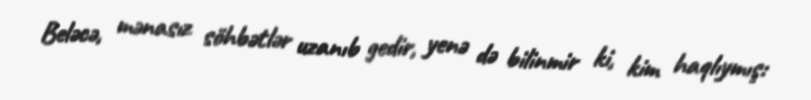
Beləcə, mənasız söhbətlər uzanıb gedir, yenə də bilinmir ki, kim haqlıymış: